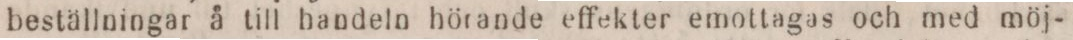
beställningar å till handeln hörande effekter emottagas och med möj-